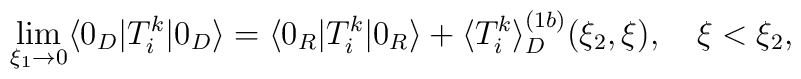
\lim_{\xi _{1}\rightarrow 0}\langle 0_D| T_{i}^{k}| 0_D\rangle=\langle 0_{R}| T_{i}^{k}| 0_{R}\rangle +\langle T_{i}^{k}\rangle^{(1b)}_D(\xi _{2},\xi ),\quad \xi <\xi _{2},